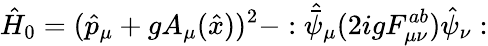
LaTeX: \hat{H}_{0}=(\hat{p}_{\mu}+gA_{\mu}(\hat{x}))^{2}-:\hat{\bar{\psi}}_{\mu}(2igF_{\mu\nu}^{ab})\hat{\psi}_{\nu}: